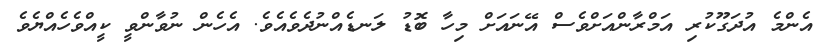
އެންމެ އުދަގޫކުރި އަމްރާންއަށްވެސް އޭނައަށް މިހާ ބޮޑު ލަނޑެއްނުދެވެއެވެ. އެހެން ނުވާންވީ ކީއްވެހެއްޔެވެ